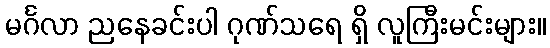
မင်္ဂလာ ညနေခင်းပါ ဂုဏ်သရေ ရှိ လူကြီးမင်းများ။